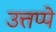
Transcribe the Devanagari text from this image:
उत्तप्पे